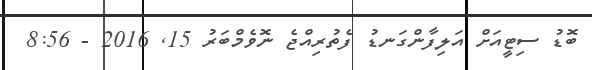
ބޮޑު ސިޓީއަށް އަލިފާންގަނޑު ފެތުރިއްޖެ ނޮވެމްބަރު 15